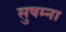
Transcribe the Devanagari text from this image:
सुषम्ना